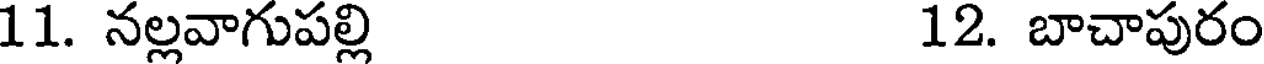
11. నల్లవాగుపల్లి 12. బాచాపురం